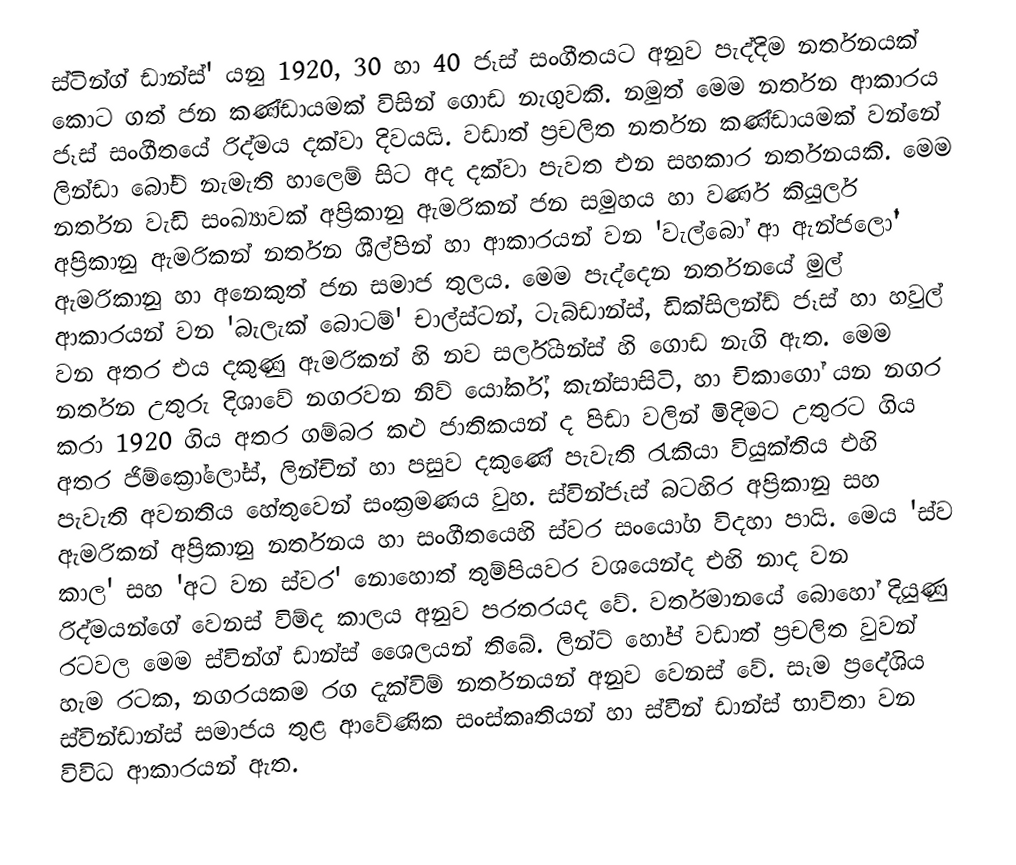
ස්ටින්ග් ඩාන්ස්' යනු 1920, 30 හා 40 ජෑස් සංගීතයට අනුව පැද්දිම නර්තනයක් කොට ගත් ජන කණ්ඩායමක් විසින් ගොඩ නැගුවකි. නමුත් මෙම නර්තන ආකාරය ජෑස් සංගීතයේ රිද්මය දක්වා දිවයයි. වඩාත් ප්‍රචලිත නර්තන කණ්ඩායමක් වන්නේ ලින්ඩා බෝච් නැමැති හාලෙම් සිට අද දක්වා පැවත එන සහකාර නර්තනයකි. මෙම නර්තන වැඩි සංඛ්‍යාවක් අප්‍රිකානු ඇමරිකන් ජන සමුහය හා වර්ණ කියුලර් අප්‍රිකානු ඇමරිකන් නර්තන ශීල්පින් හා ආකාරයන් වන 'වැල්බෝ ආ ඇන්ජලෝ' ඇමරිකානු හා අනෙකුත් ජන සමාජ තුලය. මෙම පැද්දෙන නර්තනයේ මුල් ආකාරයන් වන 'බැලැක් බොටම්' චාල්ස්ටන්, ටැබ්ඩාන්ස්, ඩික්සිලන්ඩ් ජෑස් හා හවුල් වන අතර එය දකුණු ඇමරිකන් හි නව සර්ලියන්ස් හි ගොඩ නැගි ඇත. මෙම නර්තන උතුරු දිශාවේ නගරවන නිව් යෝර්ක්, කැන්සාසිටි, හා චිකාගෝ යන නගර කරා 1920 ගිය අතර ගම්බර කළු ජාතිකයන් ද පිඩා වලින් මිදිමට උතුරට ගිය අතර  ජිම්ක්‍රෝලෝස්, ලින්චින් හා පසුව දකුණේ පැවැති රැකියා වියුක්තිය එහි පැවැති අවනතිය හේතුවෙන් සංක්‍රමණය වුහ. ස්වින්ජෑස් බටහිර අප්‍රිකානු  සහ ඇමරිකන් අප්‍රිකානු නර්තනය හා සංගීතයෙහි ස්වර සංයෝග විදහා පායි. මෙය 'ස්ව කාල' සහ 'අට වන ස්වර' නො‍හොත් තුම්පියවර වශයෙන්ද එහි නාද වන රිද්මයන්ගේ වෙනස් විම්ද කාලය අනුව පරතරයද වේ. වර්තමානයේ බොහෝ දියුණු රටවල මෙම ස්වින්ග් ඩාන්ස් ශෛලයන් තිබේ. ලින්ට් හෝප් වඩාත් ප්‍රචලිත වුවන් හැම රටක, නගරයකම රග දැක්විම් නර්තනයන් අනුව වෙනස් වේ. සෑම ප්‍රදේශිය ස්වින්ඩාන්ස් සමාජය තුළ ආවේණික සංස්කෘතියන් හා ස්වීන් ඩාන්ස් භාවිතා වන විවිධ ආකාරයන් ඇත.